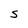
Character: S